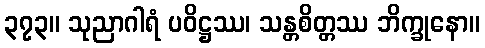
၃၇၃။ သုညာဂါရံ ပဝိဋ္ဌဿ၊ သန္တစိတ္တဿ ဘိက္ခုနော။